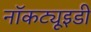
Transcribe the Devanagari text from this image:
नॉकट्यूइडी